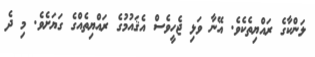
ލަންކާގެ ރައްޔިތެކެވެ. އޭނާ ވަޅި ޖެހީވެސް އެޤައުމުގެ ރައްޔިތެއްގެ ގަޔަށެވެ. މި ދެ